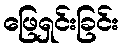
ဖြေရှင်းခြင်း